Annual report on the working of the lock hospitals in the North-Western Provinces and Oudh
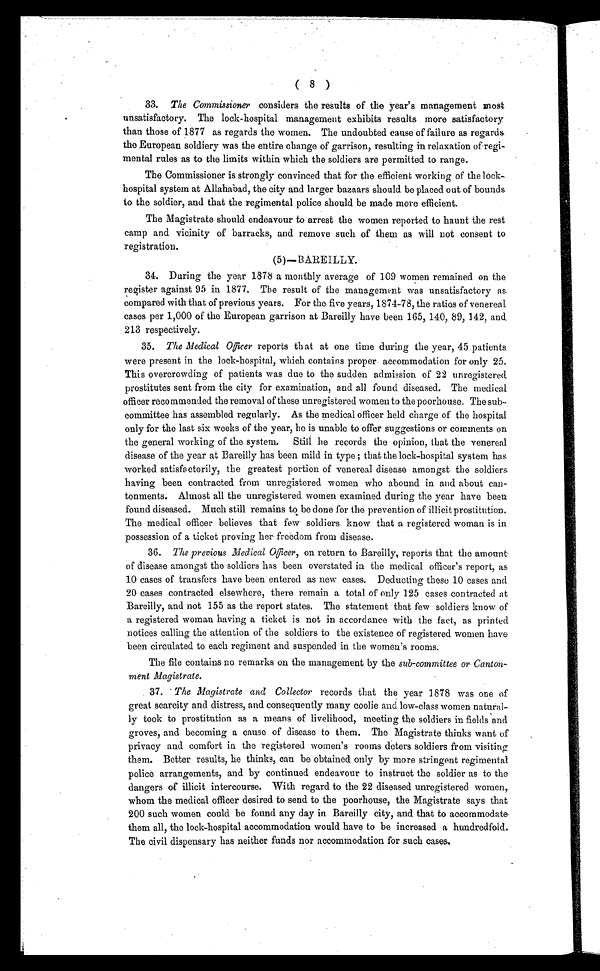
( 8 )
33. The Commissioner considers the results of the year's management most
unsatisfactory. The lock-hospital management exhibits results more satisfactory
than those of 1877 as regards the women. The undoubted cause of failure as regards.
the European soldiery was the entire change of garrison, resulting in relaxation of regi-
mental rules as to the limits within which the soldiers are permitted to range.
The Commissioner is strongly convinced that for the efficient working of the lock
hospital system at Allahabad, the city and larger bazaars should be placed out of bounds
to the soldier, and that the regimental police should be made more efficient.
The Magistrate should endeavour to arrest the women reported to haunt the rest
camp and vicinity of barracks, and remove such of them as will not consent to
registration.
(5)—BAREILLY.
34. During the year 1878 a monthly average of 109 women remained on the
register against 95 in 1877. The result of the management was unsatisfactory as
compared with that of previous years. Far the five years, 1874-78, the ratios of venereal
cases per 1,000 of the European garrison at Bareilly have been 165, 140, 89, 142, and
213 respectively.
35. The Medical officer reports that at one time during the year, 45 patients
were present in the lock-hospital, which contains proper. accommodation for only 25.
This overcrowding of patients was due to the sudden admission of 22 unregistered
prostitutes sent from the city for examination, and all found diseased. The medical
officer recommended the removal of these unregistered women to the poorhouse. The sub-
committee has assembled regularly. As the medical officer held charge of the hospital
only for the last six weeks of the year, he is unable to offer suggestions or comments on
the general working of the system. Still he records the opinion, that the venereal
disease of the year at Bareilly has been mild in type; that the lock-hospital system has
worked satisfactorily, the greatest portion of venereal disease amongst the soldiers
having been contracted from unregistered women who abound in and about can-
tonments. Almost all the unregistered women examined during the year have been
found diseased. Much still remains to. be done for the prevention of illicit prostitution.
The medical officer believes that few soldiers know that a registered woman is in
possession of a ticket proving her freedom from disease.
36. The previous Medical Officer,o n r e t u r n t o B a r e i l l y , r e p o r t s t h a t t h e a m o u n t .
of disease amongst the soldiers has been overstated in the medical officer's report, as
10 cases of transfers have been entered as new cases. Deducting these 10 cases and
20 cases contracted elsewhere, there remain a total of only 125 cases contracted at
Bareilly, and not 155 as the report states. The statement that few soldiers know of
a registered woman having a ticket is not in accordance with the fact, as printed
notices calling the attention of the soldiers to the existence of registered women have
been circulated to each regiment and suspended in the women's rooms.
The file contains no remarks on the management by the sub-committee or Canton-
ment Magistrate.
37. The Magistrate and Collector records that the year 1878 was one of
great scarcity and distress, and consequently many coolie and low-class women natural
- l y t o o k t o p r o s t i t u t i o n a s a m e a n s o f l i v e l i h o o d , m e e t i n g t h e s o l d i e r s i n f i e l d s a n d
groves, and becoming a cause of disease to them. The Magistrate thinks want of
privacy and comfort in the registered women's rooms deters soldiers from visiting
them. Better results, he thinks, can be obtained only by more stringent regimental
police arrangements, and by continued endeavour to instruct the soldier as to the
dangers of illicit intercourse. With regard to the 22 diseased unregistered women,
whom the medical officer desired to send to the poorhouse, the Magistrate says that
200 such women could be found any day in Bareilly city, and that to accommodate.
them all, the lock-hospital accommodation would have to be increased a hundredfold.
The civil dispensary has neither funds nor accommodation for such cases.